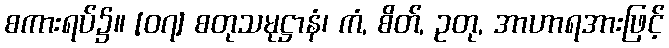
စကားရပ်၌။ [၀၇] စတုသမုဋ္ဌာနံ၊ ကံ, စိတ်, ဥတု, အာဟာရအားဖြင့်